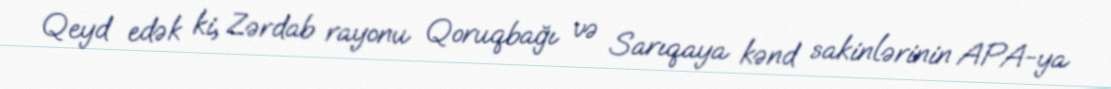
Qeyd edək ki, Zərdab rayonu Qoruqbağı və Sarıqaya kənd sakinlərinin APA-ya